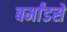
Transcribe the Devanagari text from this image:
बर्मांडसे